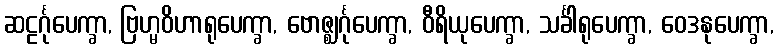
ဆဠင်္ဂုပေက္ခာ, ဗြဟ္မဝိဟာရုပေက္ခာ, ဗောဇ္ဈင်္ဂုပေက္ခာ, ဝီရိယုပေက္ခာ, သင်္ခါရုပေက္ခာ, ဝေဒနုပေက္ခာ,